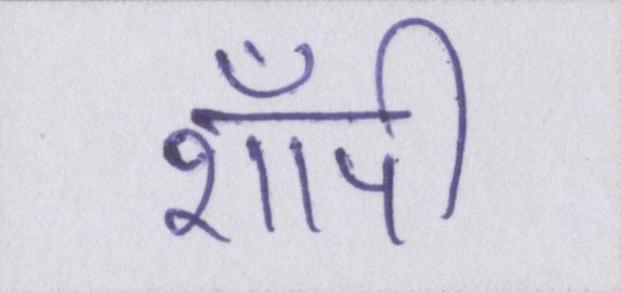
शॉपी